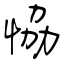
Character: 恊